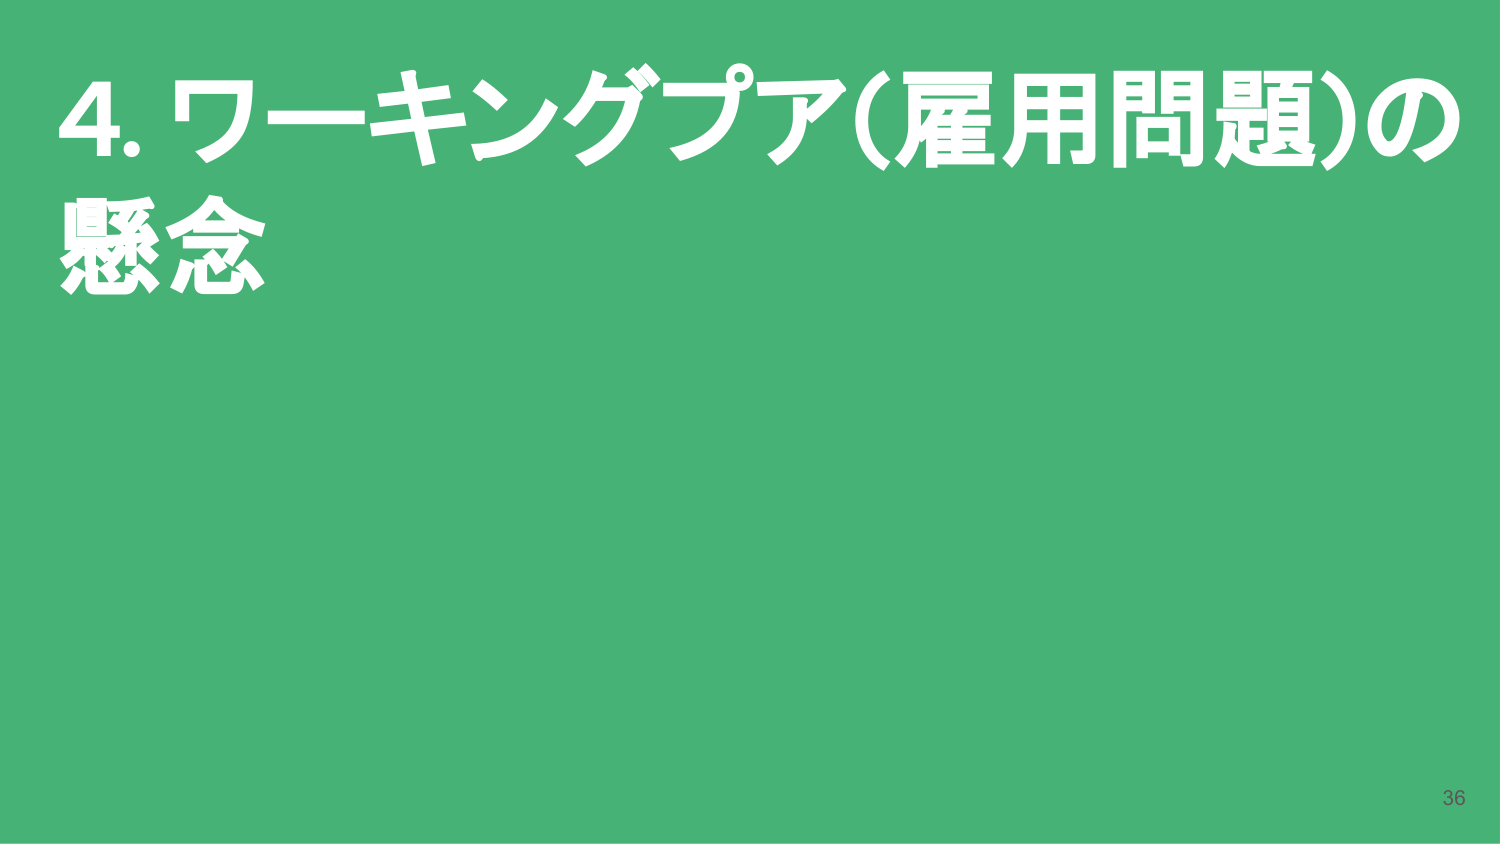
4. ワーキングプア（雇用問題）の
懸念

36